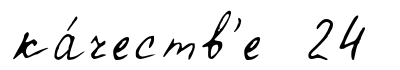
ка́честв'е 24